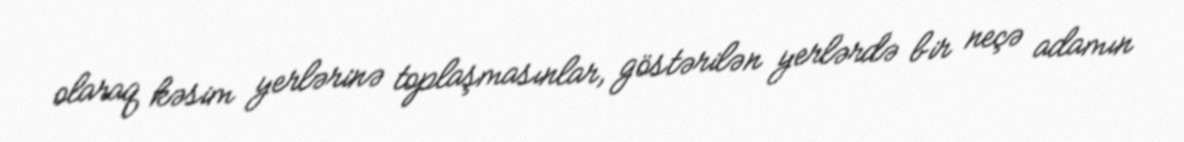
olaraq kəsim yerlərinə toplaşmasınlar, göstərilən yerlərdə bir neçə adamın